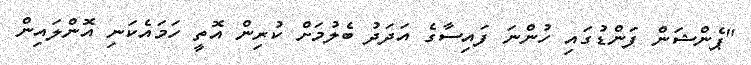
"ޕެންޝަން ފަންޑުގައި ހުންނަ ފައިސާގެ އަދަދު ބެލުމަށް ކުރިން އޮތީ ހަމައެކަނި އޮންލައިން